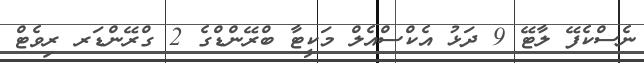
ނެސްކެފޭ ލާޓޭ 9 ދަޅު އެކްސްއެލް މަކީޓާ ބްރޭންޑްގެ 2 ގްރޭންޑަރ ރިވެޓް